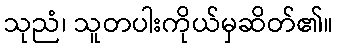
သုညံ၊ သူတပါးကိုယ်မှဆိတ်၏။